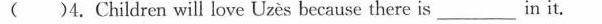
( )4.Children will love Uzès because there is___in it.